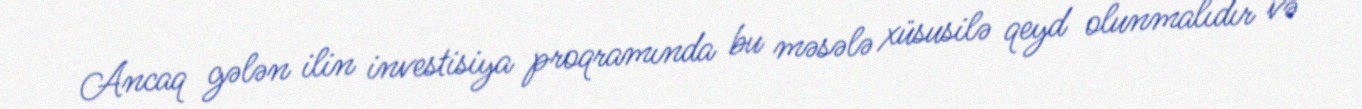
Ancaq gələn ilin investisiya proqramında bu məsələ xüsusilə qeyd olunmalıdır və